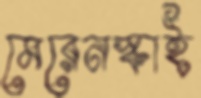
মেরেনস্কাই